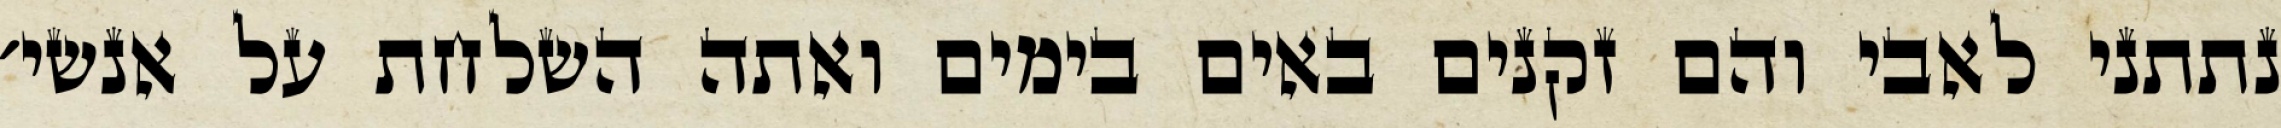
נתתני לאבי והם זקנים באים בימים ואתה השלחת על אנשי׳